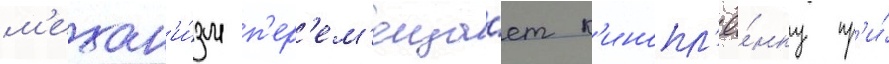
м'ехан'и́зм п'ер'ем'еща́ет к'инопл'ё́нку пр'и́